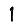
Digit: 1